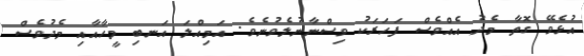
އުޅެވޭ ގޮތާ މެދު އެއްވެސް ފަހަރަކު ވިސްނާނުލެވުނެވެ. އަމިއްލަ އަނބި މީހާއާއި މެދުވެސް